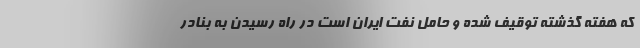
که هفتهٔ گذشته توقیف‌ شده و حامل نفت ایران است در راه رسیدن به بنادر